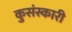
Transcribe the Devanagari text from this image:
कुसंस्कारी